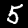
Label: 5